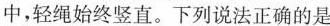
中，轻绳始终竖直。下列说法正确的是